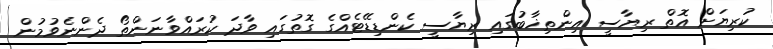
ކުރިޔަށް އޮތް ރިޔާސީ އިންތިޚާބުގައި ރިޔާސީ ކެންޑިޑޭޓެއްގެ ގޮތުގައި ވާދަ ކުރައްވާނަންތޯ ދެންނެވުމުން